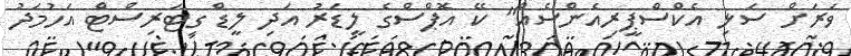
ވަރަށް ސަޅި އެކްސްޕީރިއެންސެއް" ކޭ އޮޕްސްގެ ލީޑަރު އަދި ލީޑް ގިޓަރިސްޓް އަހުމަދު